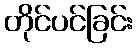
တိုင်ပင်ခြင်း